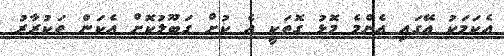
އެކަމަކު އޭގައި އެންމެ މޮޅު ގޮތަކީ އެ ކުށް ގަބޫލުކޮށް އެކަން ތަކުރާރު